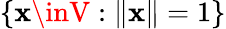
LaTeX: \{ \mathbf{x}\inV:\| \mathbf{x}\| =1\}